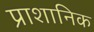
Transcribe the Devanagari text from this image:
प्राशानिक